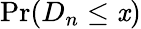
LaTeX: \Pr(D_{n}\leq\mathit{x})